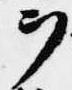
ヲ